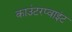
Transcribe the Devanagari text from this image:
काउंटरप्वाइंट